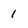
Character: 1